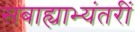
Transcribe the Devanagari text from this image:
सबाह्याभ्यंतरीं